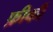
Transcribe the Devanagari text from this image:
फ़ीकी